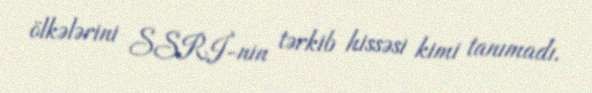
ölkələrini SSRİ-nin tərkib hissəsi kimi tanımadı.